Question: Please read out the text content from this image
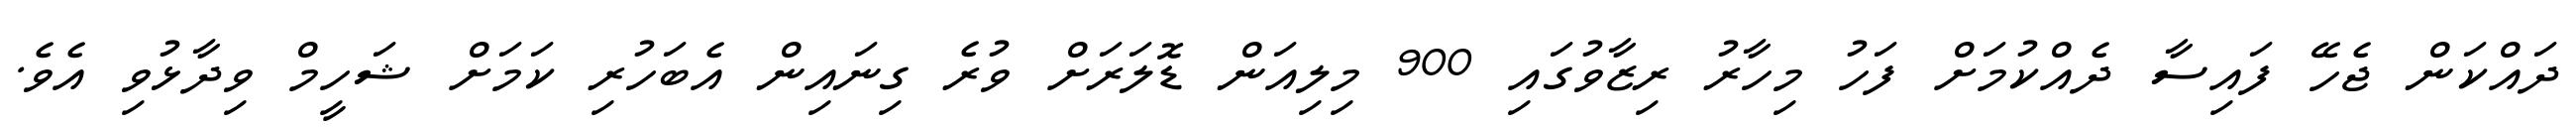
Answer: ދައްކަން ޖެހޭ ފައިސާ ދެއްކުމަށް ފަހު މިހާރު ރިޒާވުގައި 900 މިލިއަން ޑޮލަރަށް ވުރެ ގިނައިން އެބަހުރި ކަމަށް ޝަހީމް ވިދާޅުވި އެވެ.